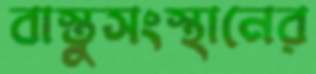
বাস্তুসংস্থানের